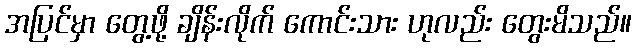
အပြင်မှာ တွေ့ဖို့ ချိန်းလိုက် ကောင်းသား ဟုလည်း တွေးမိသည်။